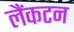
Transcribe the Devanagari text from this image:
लैंकटन